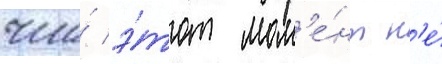
что́ э́тот мом'е́нт н'е́